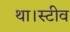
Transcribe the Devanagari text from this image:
था।स्टीव